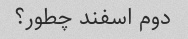
دوم اسفند چطور؟